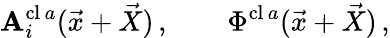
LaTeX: \mathbf{A}_{i}^{\mathrm{{cl}}\, a}(\vec{{x}}+\vec{{X}})\, ,\qquad\Phi^{\mathrm{{cl}}\, a}(\vec{{x}}+\vec{{X}})\, ,